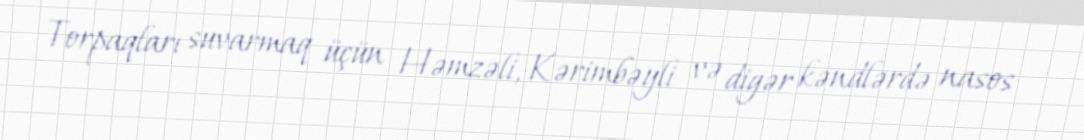
Torpaqları suvarmaq üçün Həmzəli, Kərimbəyli və digər kəndlərdə nasos